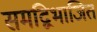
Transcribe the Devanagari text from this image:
समद्विभाजित